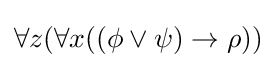
\forall z(\forall x((\phi \lor \psi )\rightarrow \rho ))